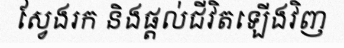
ស្វែងរក និងផ្តល់ជីវិតឡើងវិញ